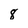
Character: 8